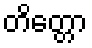
တိတ္တော